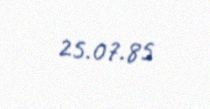
25.07.85